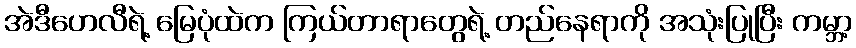
အဲဒီဟေလီရဲ့ မြေပုံထဲက ကြယ်တာရာတွေရဲ့ တည်နေရာကို အသုံးပြုပြီး ကမ္ဘာ့